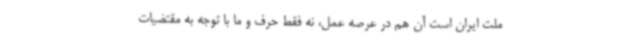
ملت ایران است آن هم در عرصه عمل، نه فقط حرف و ما با توجه به مقتضیات